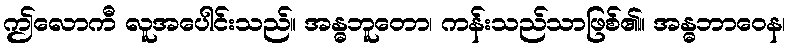
ဤလောကီ လူအပေါင်းသည်။ အန္ဓဘူတော၊ ကန်းသည်သာဖြစ်၏။ အန္ဓဘာဝေန၊